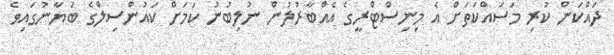
ދައްކަން ކުރި މަސައްކަތަށް އެ މިނިސްޓްރީގެ އެއްބާރުލުން ނުލިބުނު ކަމަށް ކައުންސިލްގެ ބަޔާނުގައިވެ